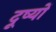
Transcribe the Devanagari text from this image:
दूष्यों